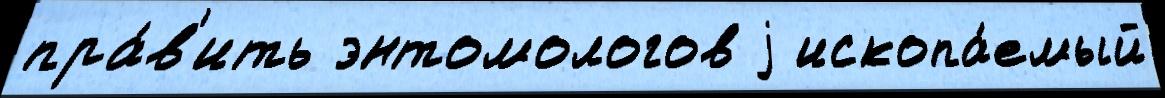
пра́в'ить энтомологов j ископа́емый